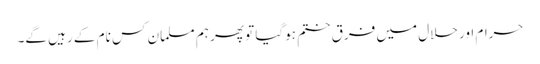
حرام اور حلال میں فرق ختم ہوگیا تو پھر ہم مسلمان کس نام کے رہیں گے۔